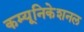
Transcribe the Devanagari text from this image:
कम्यूनिकेशनल